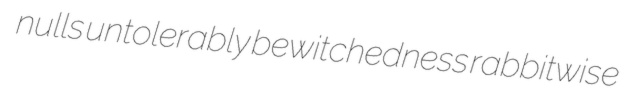
nulls untolerably bewitchedness rabbitwise